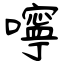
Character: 嚀